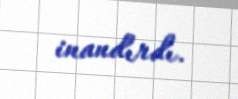
inandırdı.